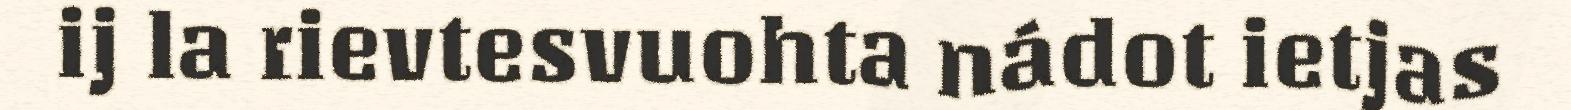
ij la rievtesvuohta nádot ietjas